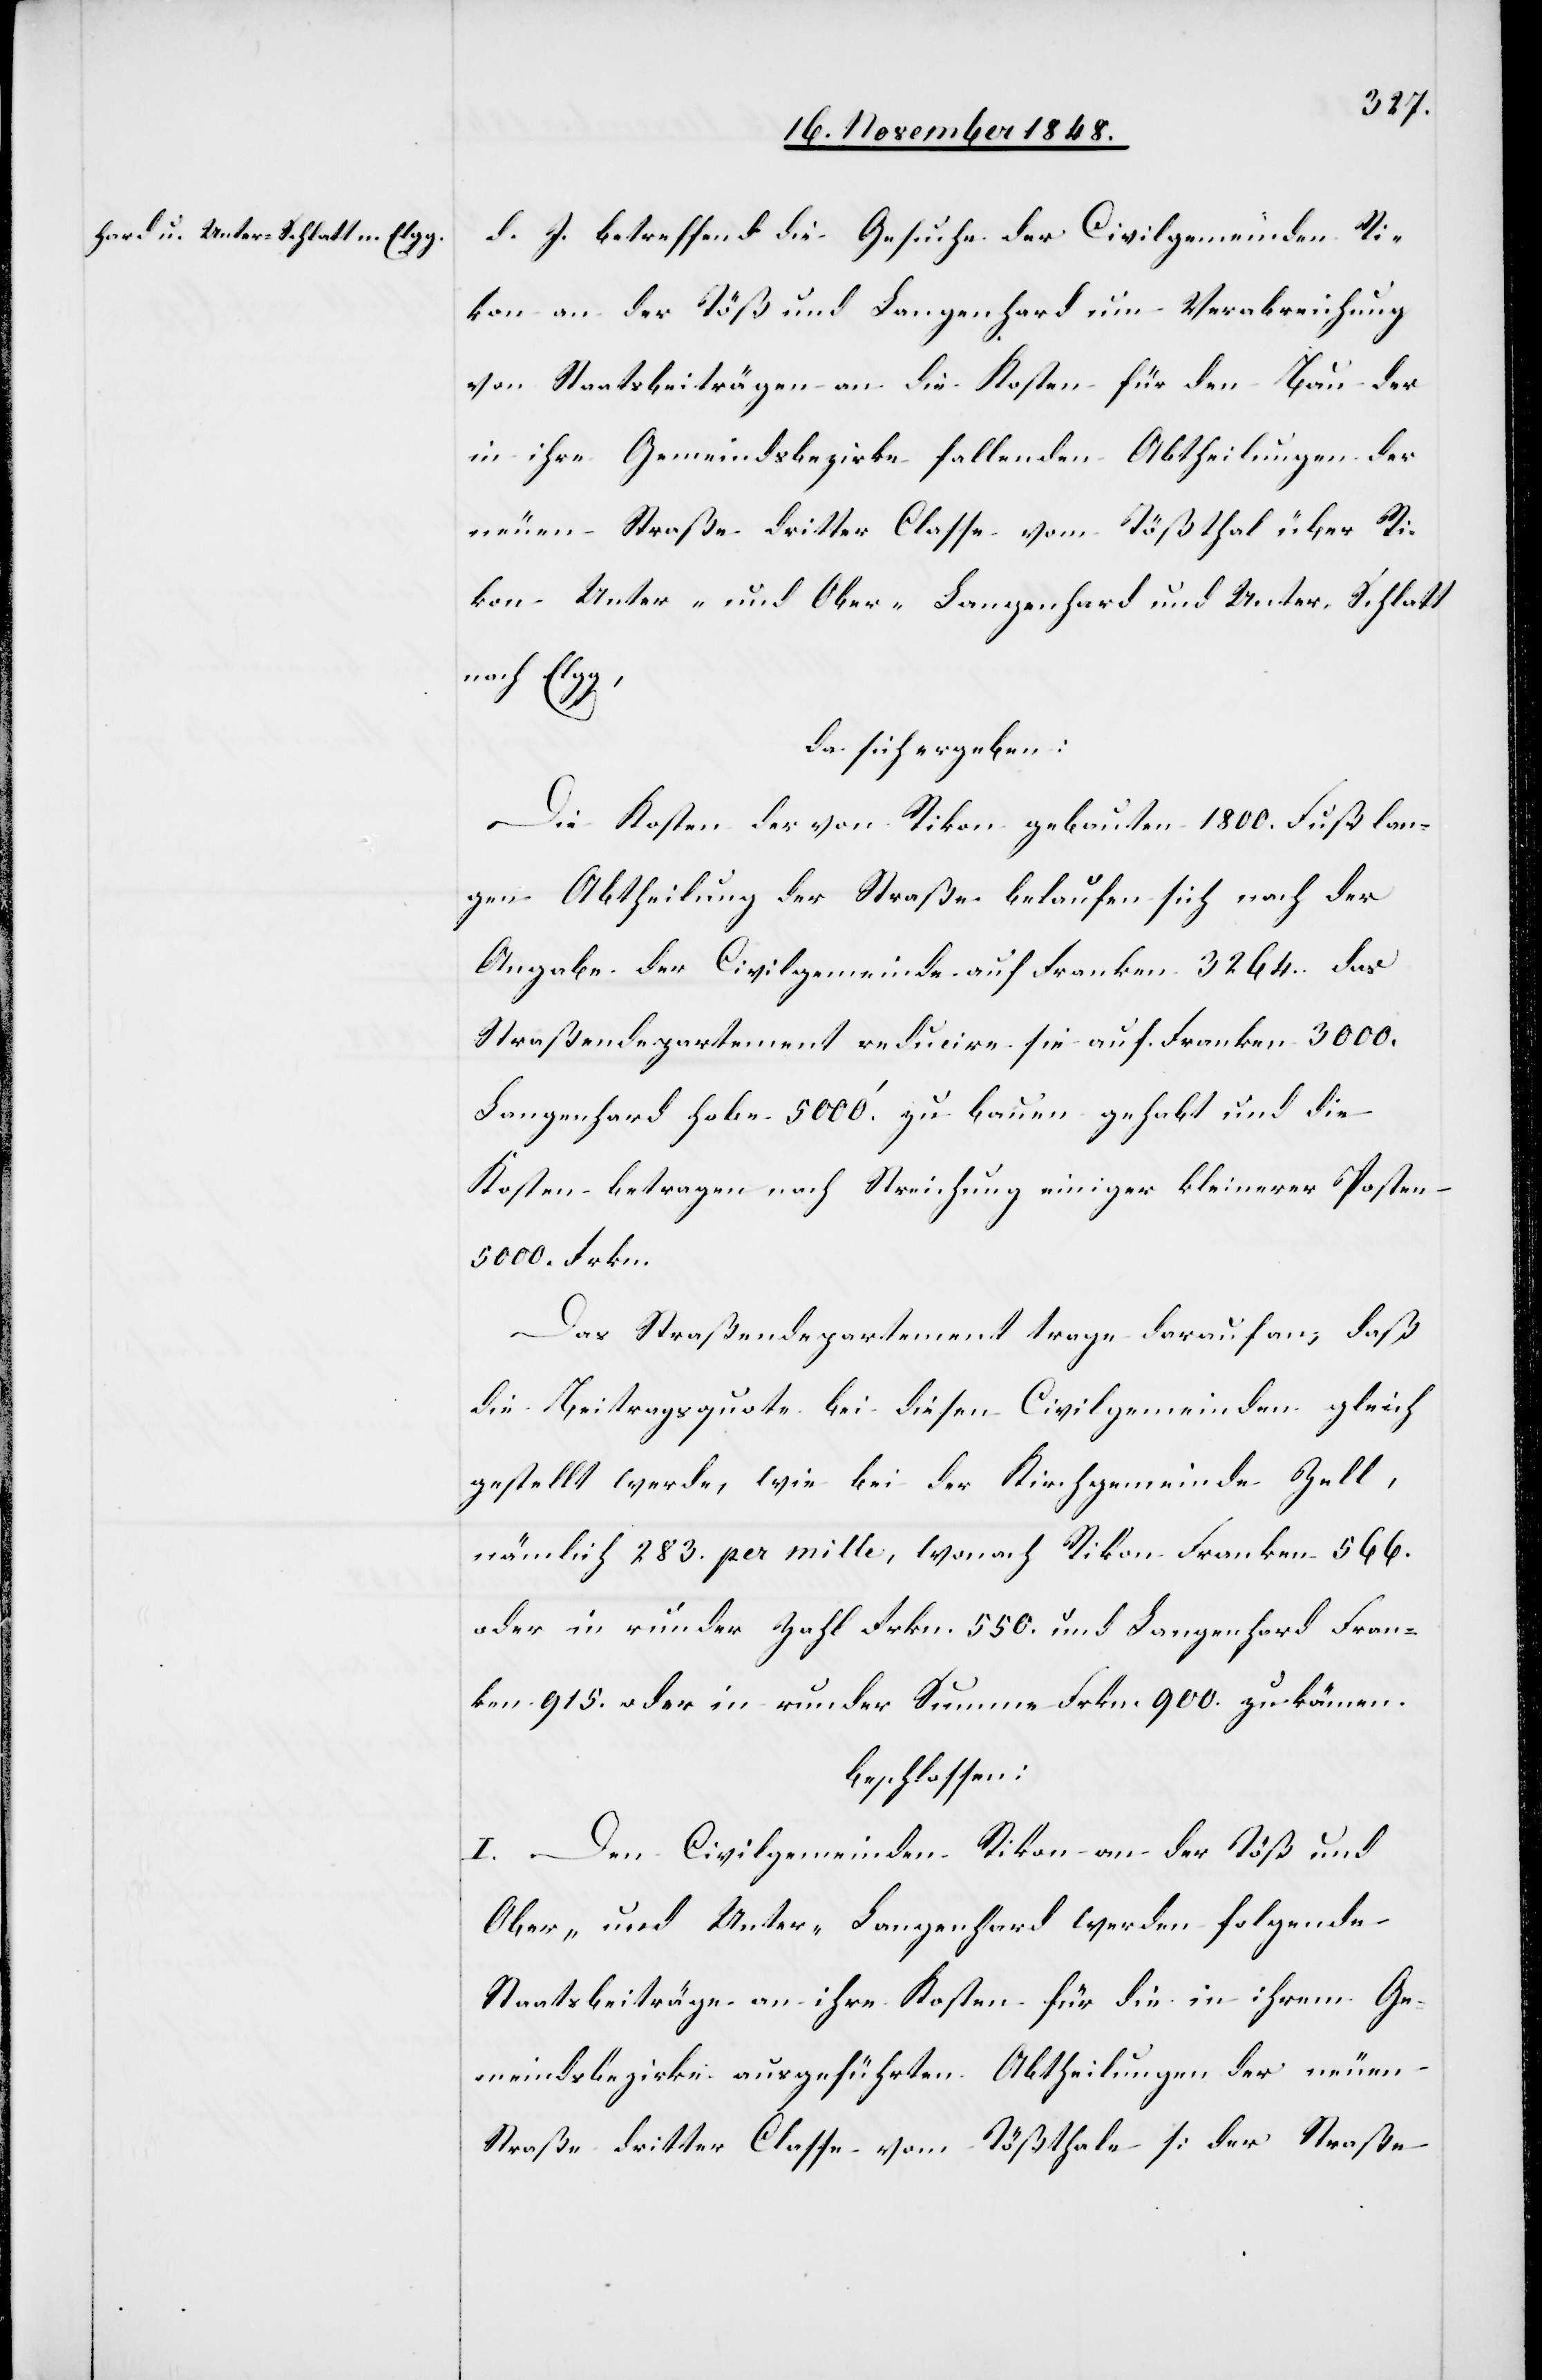
d. J. betreffend die Gesuche der Civilgemeinden Ri¬
kon an der Töß und Langenhard um Verabreichung
von Staatsbeiträgen an die Kosten für den Bau der
in ihre Gemeindsbezirke fallenden Abtheilungen der
neuen Straße dritter Classe vom Tößthal über Ri¬
kon Unter- und Ober-Langenhard und Unter-Schlatt
nach Elgg,
da sich ergeben:
Die Kosten der von Rikon gebauten 1800. Fuß lan¬
gen Abtheilung der Straße belaufen sich nach der
Angabe der Civilgemeinde auf Franken 3264. das
Straßendepartement reducire sie auf Franken 3000.
Langenhard habe 5000.’ zu bauen gehabt und die
Kosten betragen nach Streichung einiger kleinerer Posten
5000. Frkn.
Das Straßendepartement trage darauf an, daß
die Beitragsquote bei diesen Civilgemeinden gleich
gestellt werde, wie bei der Kirchgemeinde Zell,
nämlich 283. per mille, wonach Rikon Franken 566.
oder in runder Zahl Frkn. 550. und Langenhard Fran¬
ken 915. oder in runder Summe Frkn. 900. zu kämen.
beschlossen:
I. Den Civilgemeinden Rikon an der Töß und
Ober- und Unter-Langenhard werden folgende
Staatsbeiträge an ihre Kosten für die in ihrem Ge¬
meindsbezirke ausgeführten Abtheilungen der neuen
Straße dritter Classe vom Tößthale [der Straße